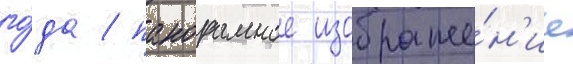
го́да / панорамное изображе́н'ие